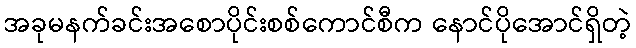
အခုမနက်ခင်းအစောပိုင်းစစ်ကောင်စီက နောင်ပိုအောင်ရှိတဲ့